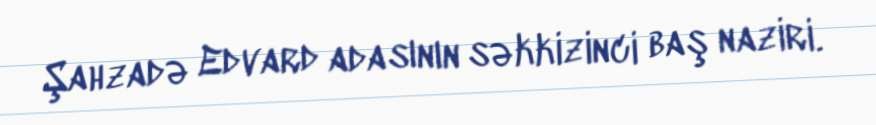
Şahzadə Edvard adasının səkkizinci baş naziri.